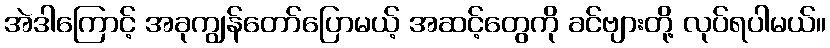
အဲဒါကြောင့် အခုကျွန်တော်ပြောမယ့် အဆင့်တွေကို ခင်ဗျားတို့ လုပ်ရပါမယ်။